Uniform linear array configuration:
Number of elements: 12
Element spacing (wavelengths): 0.25
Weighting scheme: hamming
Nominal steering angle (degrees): -45
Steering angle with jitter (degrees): -46.641
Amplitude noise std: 0.05
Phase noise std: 0.05

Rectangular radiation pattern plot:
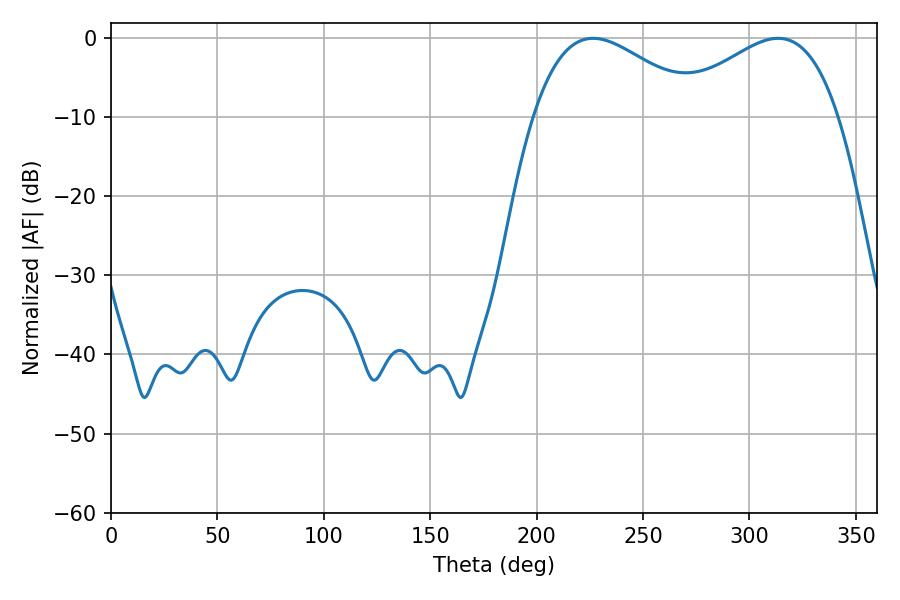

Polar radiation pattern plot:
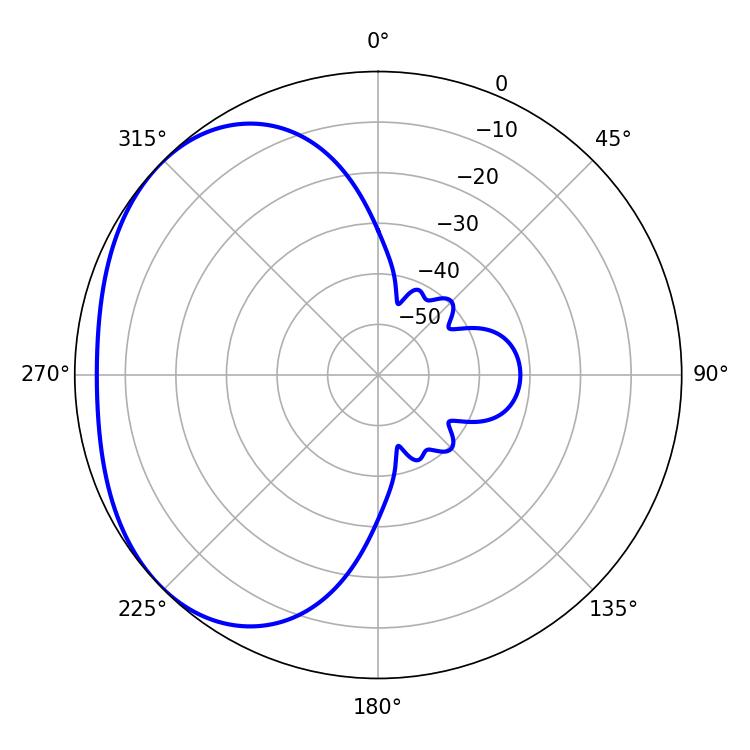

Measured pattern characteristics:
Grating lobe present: FALSE
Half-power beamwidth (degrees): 42.84
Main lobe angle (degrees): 226.44